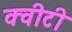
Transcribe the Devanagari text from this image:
क्‍वीटी